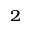
^ 2